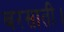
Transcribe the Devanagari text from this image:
बरसाती।